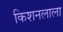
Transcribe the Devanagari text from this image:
किशनलाला